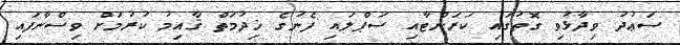
ސަޢުދު ވިދާޅުވި ގޮތުގައި ކަރަންޓާއި ސަޕްލައި ފެނުގެ ޚިދުމަތް ޤާއިމު ކުރުމަށް ވިސްނާފައި